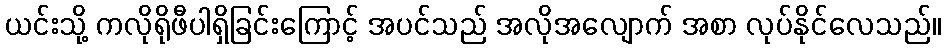
ယင်းသို့ ကလိုရိုဖီပါရှိခြင်းကြောင့် အပင်သည် အလိုအလျောက် အစာ လုပ်နိုင်လေသည်။